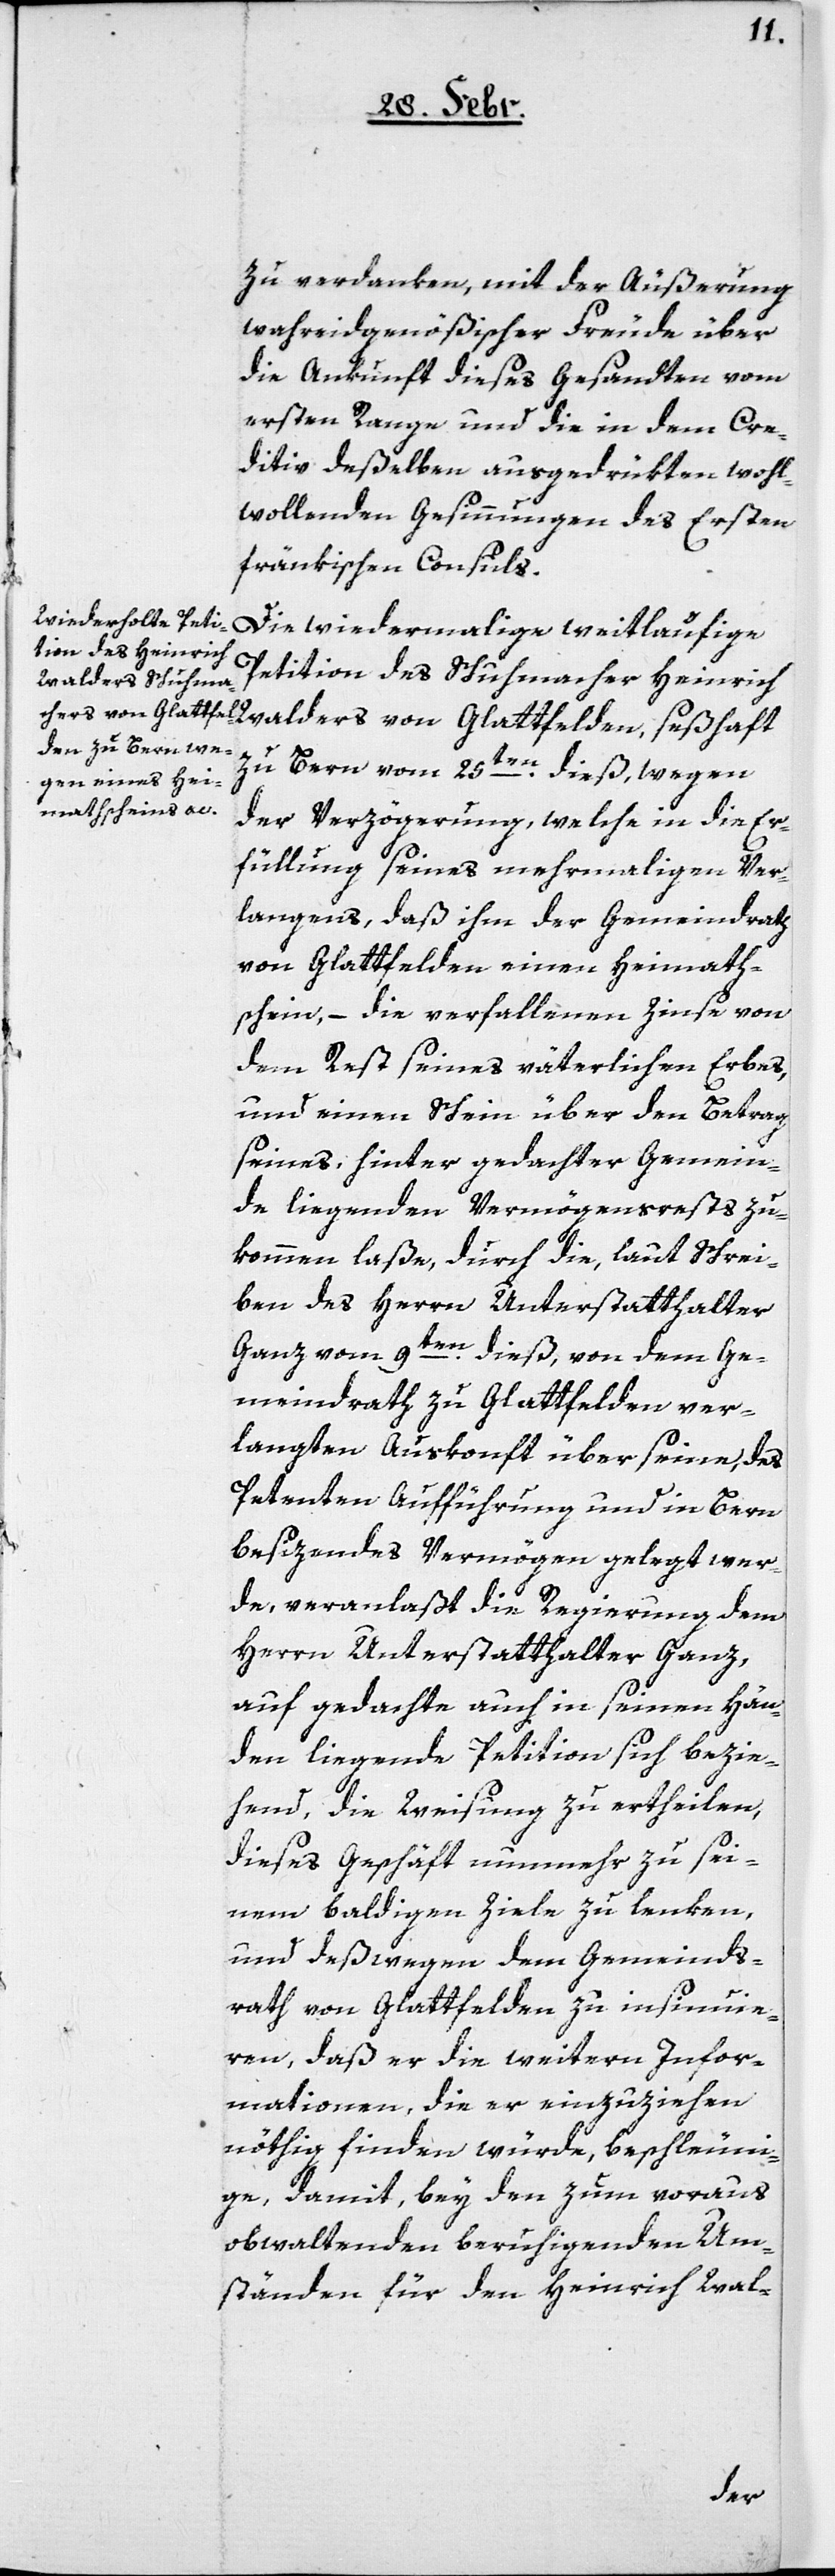
zu verdanken, mit der Äußerung
wahreidgenößischer Freude über
die Ankunft dieses Gesandten vom
ersten Range und die in dem Cre¬
ditiv deßelben ausgedrükten wohl¬
wollenden Gesinnungen des ersten
fränkischen Consuls.
Die wiedermalige weitläufige
Petition des Schuhmacher Heinrich
Walders von Glattfelden, seßhaft
zu Bern, vom 25ten dieß, wegen
der Verzögerung, welche in die Er¬
füllung seines mehrmaligen Ver¬
langens, daß ihm der Gemeindrath
von Glattfelden einen Heimat¬
schein, – die verfallenen Zinse von
dem Rest seines väterlichen Erbes,
und einen Schein über den Betrag
seines, hinter gedachter Gemein¬
de liegenden Vermögensrests zu¬
kommen laße, durch die, laut Schrei¬
ben des Herrn Unterstatthalter
Ganz vom 9ten dieß, von dem Ge¬
meindrath zu Glattfelden ver¬
langten Auskonft über seine, des
Petenten Aufführung und in Bern
besitzendes Vermögen gelegt wer¬
de, veranlaßt die Regierung dem
Herrn Unterstatthalter Ganz,
auf gedachte auch in seinen Hän¬
den liegende Petition sich bezie¬
hend, die Weisung zu ertheilen,
dieses Geschäft nunmehr zu sei¬
nem baldigen Ziele zu lenken,
und deßwegen dem Gemeinds¬
rath von Glattfelden zu insinuie¬
ren, daß er die weitern Infor¬
mationen, die er einzuziehen
nöthig finden würde, beschleuni¬
ge, damit bey den zum voraus
obwaltenden beruhigenden Um¬
ständen für den Heinrich Wal-